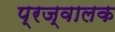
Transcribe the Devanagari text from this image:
प्रज्वालक